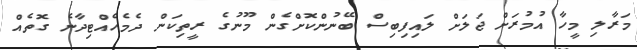
މަރާލި މީހާ އުމުރަށް ޖަލަށް ލައިފިބިސް ބޭނުންކޮށްގެން މޫނުގެ ރީތިކަން ދެމެހެއްޓިދާނެ ގޮތެއް